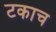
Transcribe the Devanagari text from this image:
टकाच